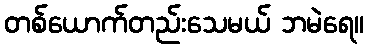
တစ်ယောက်တည်းသေမယ် ဘမဲရေ။